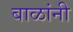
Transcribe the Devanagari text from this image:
बाळांनी